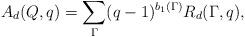
LaTeX: \begin{align*}A_d(Q,q)=\sum_\Gamma (q-1)^{b_1(\Gamma)}R_d(\Gamma,q),\end{align*}